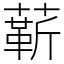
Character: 龩